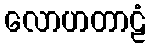
လောဟတာဠံ